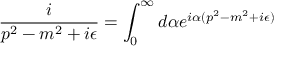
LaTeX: \frac { i } { p ^ { 2 } - m ^ { 2 } + i \epsilon } = \int _ { 0 } ^ { \infty } d \alpha e ^ { i \alpha ( p ^ { 2 } - m ^ { 2 } + i \epsilon ) }